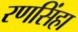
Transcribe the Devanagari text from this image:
रणसिंहा